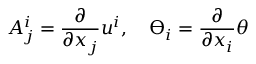
A _ { j } ^ { i } = \frac { \partial } { \partial x _ { j } } u ^ { i } , \quad \varTheta _ { i } = \frac { \partial } { \partial x _ { i } } \theta